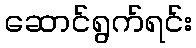
ဆောင်ရွက်ရင်း